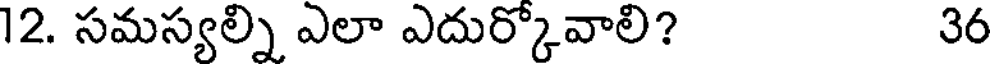
12. సమస్యల్ని ఎలా ఎదుర్కోవాలి? 36